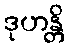
ဒုဟန္တိ